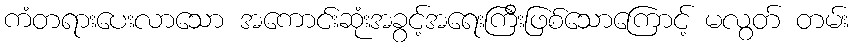
ကံတရားပေးလာသော အကောင်းဆုံးအခွင့်အရေးကြီးဖြစ်သောကြောင့် မလွတ် တမ်း